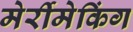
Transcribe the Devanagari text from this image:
मेर्रीमेकिंग